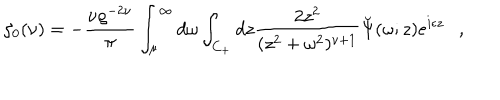
LaTeX: \zeta _ { 0 } ( \nu ) = - { \frac { \nu \varrho ^ { - 2 \nu } } { \pi } } \int _ { \mu } ^ { \infty } d \omega \int _ { C _ { + } } d z { \frac { 2 z ^ { 2 } } { ( z ^ { 2 } + \omega ^ { 2 } ) ^ { \nu + 1 } } } \breve { \Psi } ( \omega ; z ) e ^ { i \epsilon z } ,